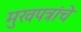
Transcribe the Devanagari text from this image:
मुखपत्रांचे